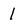
Character: 1